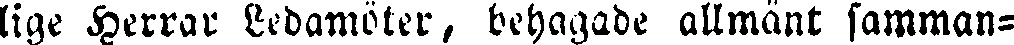
lige Herrar Ledamöter, behagade allmänt samman-